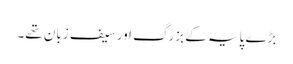
بڑے پایہ کے بزرگ اور سیف زبان تھے۔